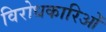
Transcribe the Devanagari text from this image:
विरोधकारिओं